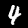
Label: 4